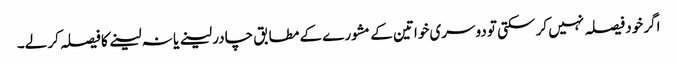
اگر خود فیصلہ نہیں کر سکتی تو دوسری خواتین کے مشورے کے مطابق چادر لینے یا نہ لینے کا فیصلہ کر لے۔